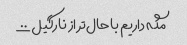
مگه داریم باحال‌تر از نارگیل؟؟؟؟؟؟